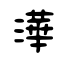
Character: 澕